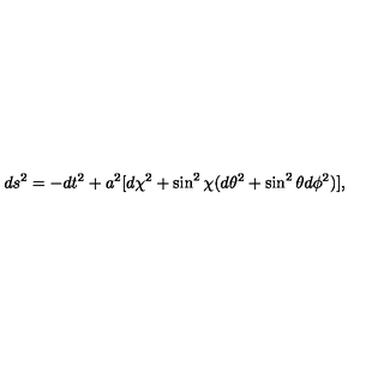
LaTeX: d s ^ { 2 } = - d t ^ { 2 } + a ^ { 2 } [ d \chi ^ { 2 } + \sin ^ { 2 } \chi ( d \theta ^ { 2 } + \sin ^ { 2 } \theta d \phi ^ { 2 } ) ] ,